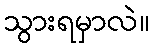
သွားရမှာလဲ။